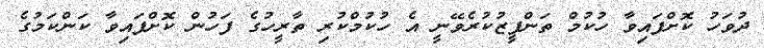
ދުވަހު ކޮށްފައިވާ ހުކުމްް ތަންފީޒުކުރެވޭނީ އެ ހުކުމްކުރި ތާރީހުގެ ފަހުން ކޮށްފައިވާ ކަންކަމުގެ